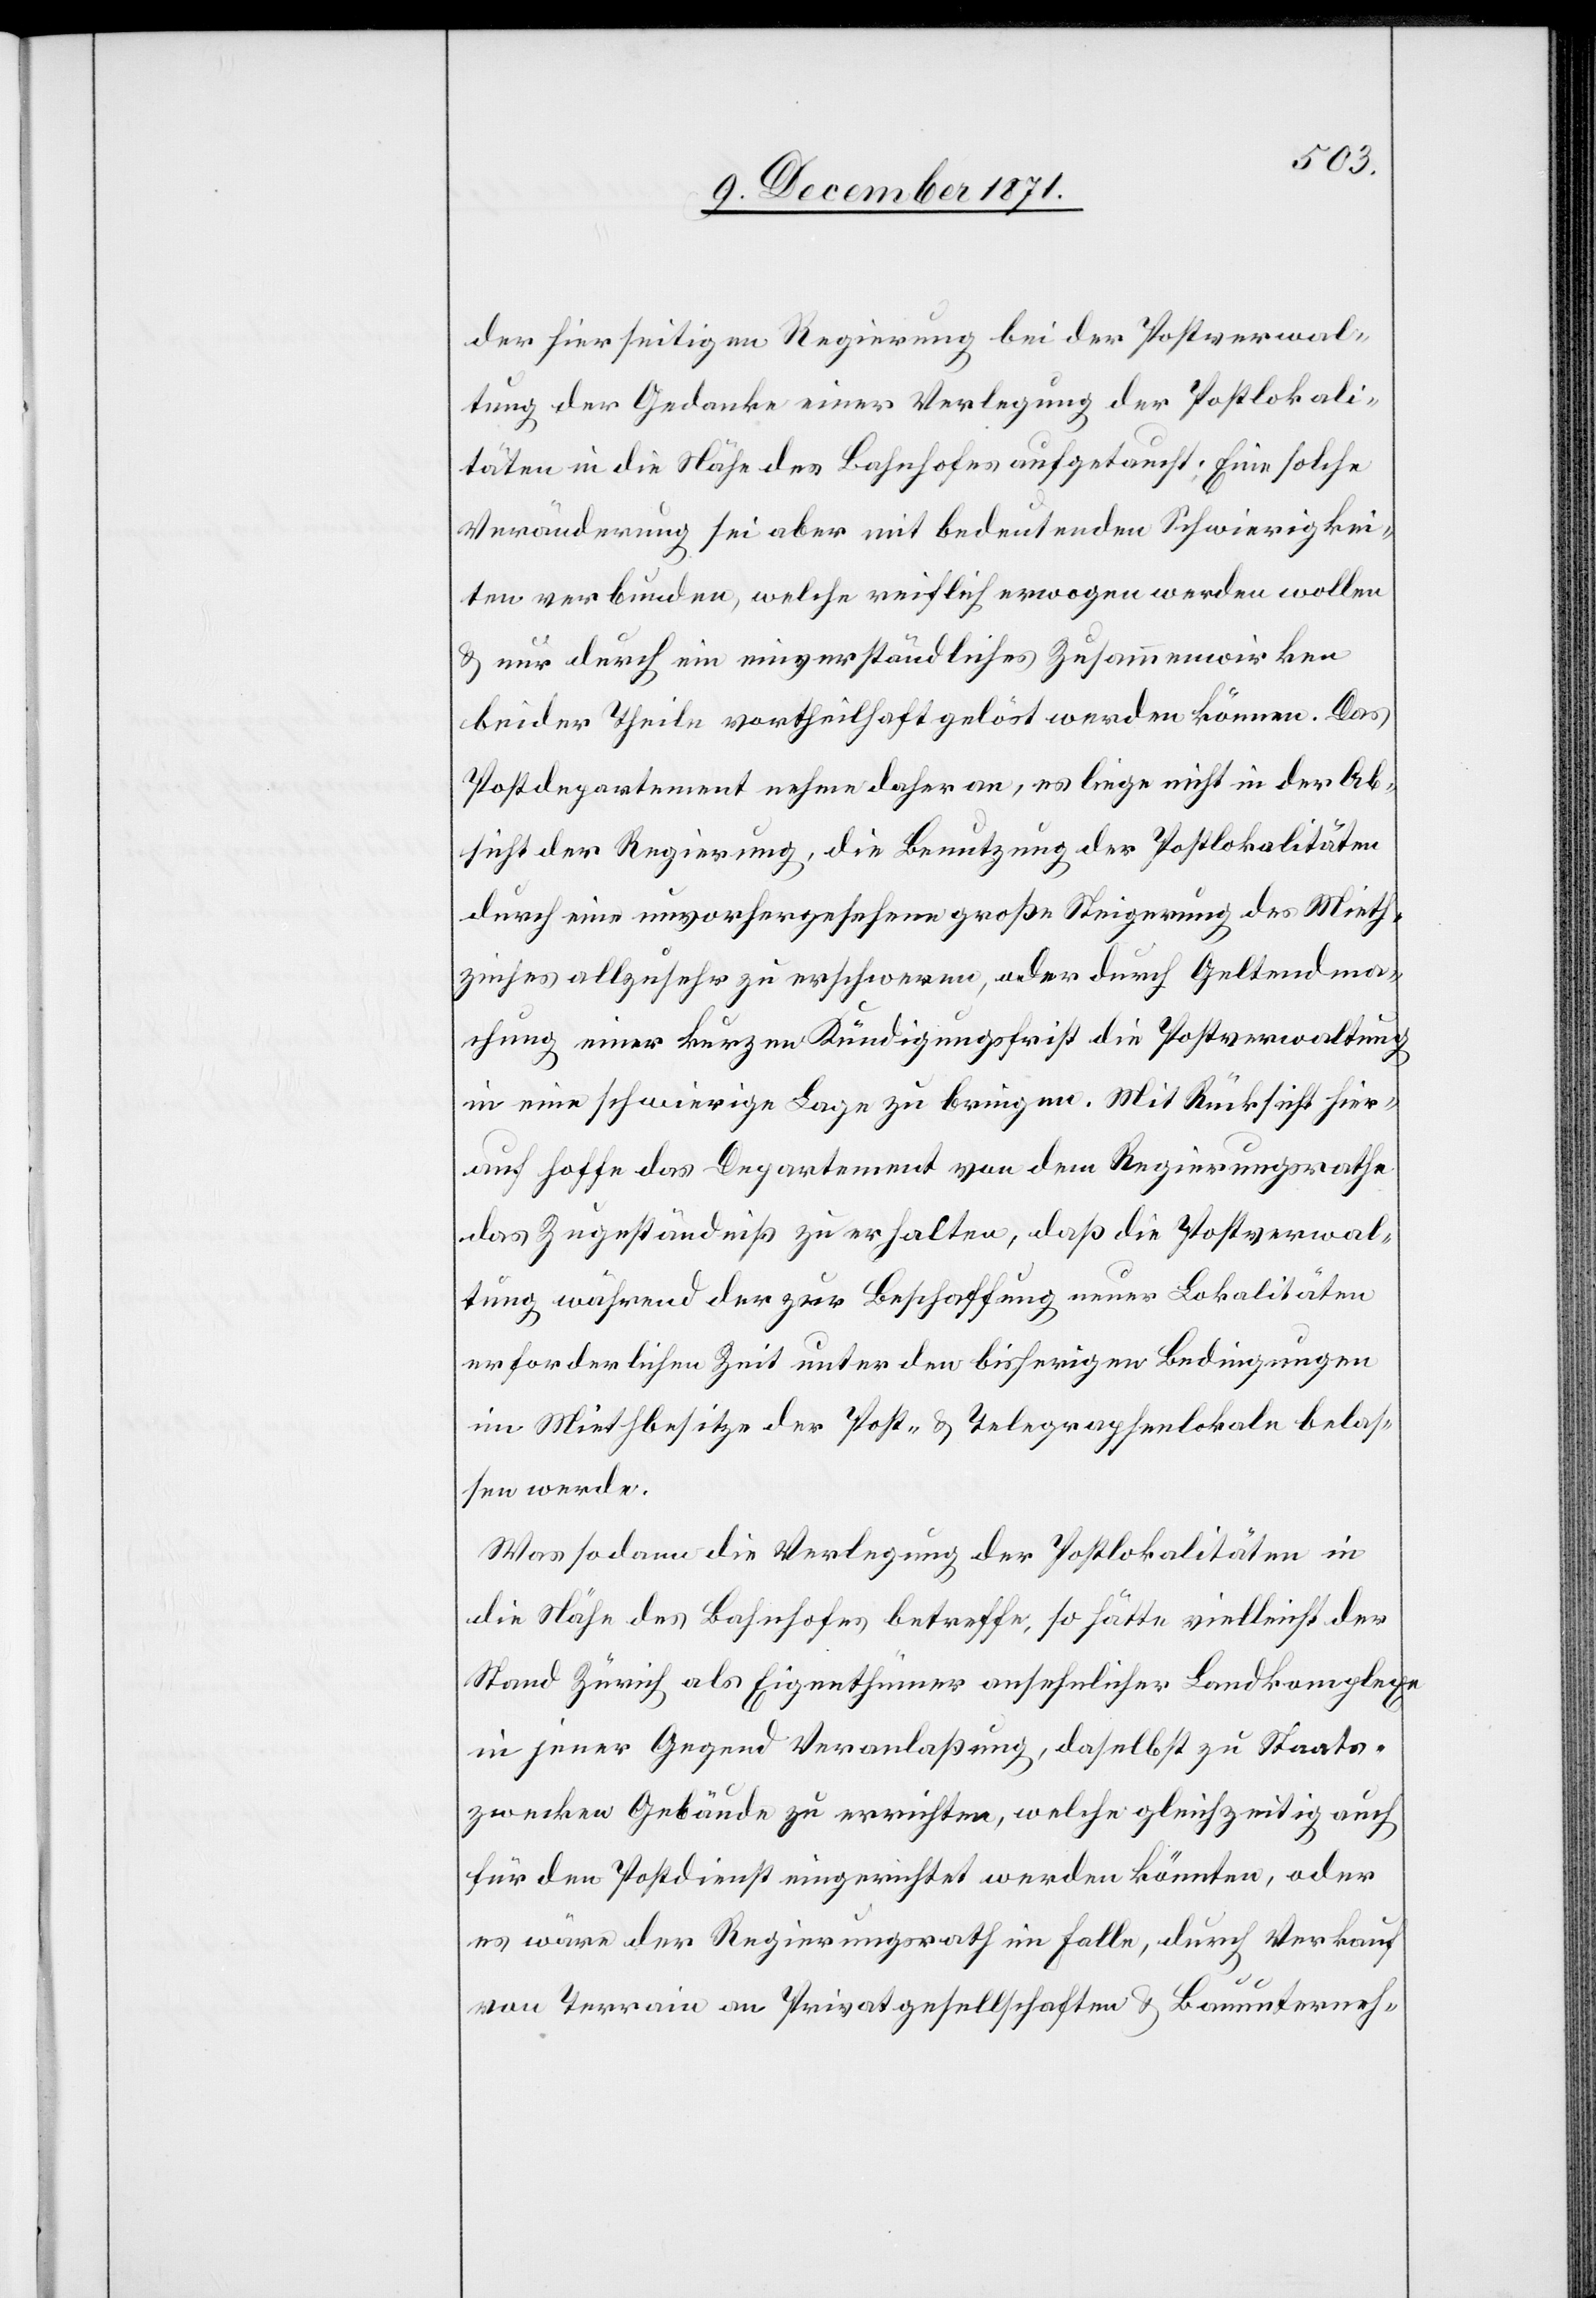
der hierseitigen Regierung bei der Postverwal¬
tung der Gedanke einer Verlegung der Postlokali¬
täten in die Nähe des Bahnhofes aufgetaucht. Eine solche
Veränderung sei aber mit bedeutenden Schwierigkei¬
ten verbunden, welche reiflich erwogen werden wollen
& nur durch ein einverständliches Zusammenwirken
beider Theile vortheilhaft gelöst werden können. Das
Postdepartement nehme daher an, es liege nicht in der Ab¬
sicht der Regierung, die Benutzung der Postlokalitäten
durch eine unvorhergesehene große Steigerung des Mieth¬
zinses allzu sehr zu erschweren, oder durch Geltendma¬
chung einer kurzen Kündigungsfrist die Postverwaltung
in eine schwierige Lage zu bringen. Mit Rücksicht hier¬
auf hoffe das Departement von dem Regierungsrathe
das Zugeständnis zu erhalten, daß die Postverwal¬
tung während der zur Beschaffung neuer Lokalitäten
erforderlichen Zeit unter den bisherigen Bedingungen
im Miethbesitze der Post- & Telegraphenlokale belas¬
sen werde.
Was sodann die Verlegung der Postlokalitäten in
die Nähe des Bahnhofes betreffe, so hätte vielleicht der
Stand Zürich als Eigenthümer ansehnlicher Landkomplexe
in jener Gegend Veranlaßug, daselbst zu Staats¬
zwecken Gebäude zu errichten, welche gleichzeitig auch
für den Postdienst eingerichtet werden könnten, oder
es wäre der Regierungsrath im Falle, durch Verkauf
von Terrain an Privatgesellschaften & Bauunterneh-